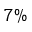
7 \%